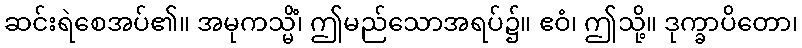
ဆင်းရဲစေအပ်၏။ အမုကသ္မိံ၊ ဤမည်သောအရပ်၌။ ဧဝံ၊ ဤသို့။ ဒုက္ခာပိတော၊